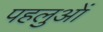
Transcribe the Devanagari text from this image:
पहलुआें